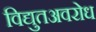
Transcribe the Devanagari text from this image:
विद्युतअवरोध